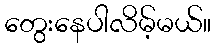
တွေးနေပါလိမ့်မယ်။